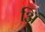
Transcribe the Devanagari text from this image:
अिं